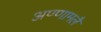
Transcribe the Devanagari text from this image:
अण्णामलै